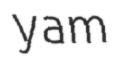
yam